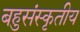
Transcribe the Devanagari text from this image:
बहुसंस्कृतीय